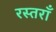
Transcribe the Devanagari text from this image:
रस्तराँ